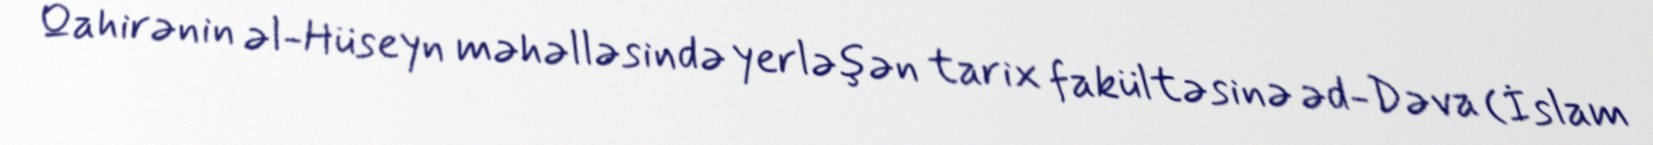
Qahirənin əl-Hüseyn məhəlləsində yerləşən tarix fakültəsinə əd-Dəva (İslam